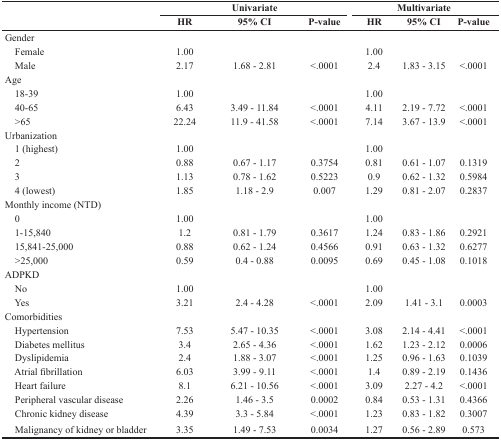
<table><thead><tr><td rowspan="2"></td><td colspan="3"><b>Univariate</b></td><td colspan="3"><b>Multivariate</b></td></tr><tr><td><b>HR</b></td><td><b>95% CI</b></td><td><b>P-value</b></td><td><b>HR</b></td><td><b>95% CI</b></td><td><b>P-value</b></td></tr></thead><tbody><tr><td>Gender</td><td></td><td></td><td></td><td></td><td></td><td></td></tr><tr><td> Female</td><td>1.00</td><td></td><td></td><td>1.00</td><td></td><td></td></tr><tr><td> Male</td><td>2.17</td><td>1.68 - 2.81</td><td>&lt;.0001</td><td>2.4</td><td>1.83 - 3.15</td><td>&lt;.0001</td></tr><tr><td>Age</td><td></td><td></td><td></td><td></td><td></td><td></td></tr><tr><td> 18-39</td><td>1.00</td><td></td><td></td><td>1.00</td><td></td><td></td></tr><tr><td> 40-65</td><td>6.43</td><td>3.49 - 11.84</td><td>&lt;.0001</td><td>4.11</td><td>2.19 - 7.72</td><td>&lt;.0001</td></tr><tr><td> &gt;65</td><td>22.24</td><td>11.9 - 41.58</td><td>&lt;.0001</td><td>7.14</td><td>3.67 - 13.9</td><td>&lt;.0001</td></tr><tr><td>Urbanization</td><td></td><td></td><td></td><td></td><td></td><td></td></tr><tr><td> 1 (highest)</td><td>1.00</td><td></td><td></td><td>1.00</td><td></td><td></td></tr><tr><td> 2</td><td>0.88</td><td>0.67 - 1.17</td><td>0.3754</td><td>0.81</td><td>0.61 - 1.07</td><td>0.1319</td></tr><tr><td> 3</td><td>1.13</td><td>0.78 - 1.62</td><td>0.5223</td><td>0.9</td><td>0.62 - 1.32</td><td>0.5984</td></tr><tr><td> 4 (lowest)</td><td>1.85</td><td>1.18 - 2.9</td><td>0.007</td><td>1.29</td><td>0.81 - 2.07</td><td>0.2837</td></tr><tr><td>Monthly income (NTD)</td><td></td><td></td><td></td><td></td><td></td><td></td></tr><tr><td> 0</td><td>1.00</td><td></td><td></td><td>1.00</td><td></td><td></td></tr><tr><td> 1-15,840</td><td>1.2</td><td>0.81 - 1.79</td><td>0.3617</td><td>1.24</td><td>0.83 - 1.86</td><td>0.2921</td></tr><tr><td> 15,841-25,000</td><td>0.88</td><td>0.62 - 1.24</td><td>0.4566</td><td>0.91</td><td>0.63 - 1.32</td><td>0.6277</td></tr><tr><td> &gt;25,000</td><td>0.59</td><td>0.4 - 0.88</td><td>0.0095</td><td>0.69</td><td>0.45 - 1.08</td><td>0.1018</td></tr><tr><td>ADPKD</td><td></td><td></td><td></td><td></td><td></td><td></td></tr><tr><td> No</td><td>1.00</td><td></td><td></td><td>1.00</td><td></td><td></td></tr><tr><td> Yes</td><td>3.21</td><td>2.4 - 4.28</td><td>&lt;.0001</td><td>2.09</td><td>1.41 - 3.1</td><td>0.0003</td></tr><tr><td>Comorbidities</td><td></td><td></td><td></td><td></td><td></td><td></td></tr><tr><td> Hypertension</td><td>7.53</td><td>5.47 - 10.35</td><td>&lt;.0001</td><td>3.08</td><td>2.14 - 4.41</td><td>&lt;.0001</td></tr><tr><td> Diabetes mellitus</td><td>3.4</td><td>2.65 - 4.36</td><td>&lt;.0001</td><td>1.62</td><td>1.23 - 2.12</td><td>0.0006</td></tr><tr><td> Dyslipidemia</td><td>2.4</td><td>1.88 - 3.07</td><td>&lt;.0001</td><td>1.25</td><td>0.96 - 1.63</td><td>0.1039</td></tr><tr><td> Atrial fibrillation</td><td>6.03</td><td>3.99 - 9.11</td><td>&lt;.0001</td><td>1.4</td><td>0.89 - 2.19</td><td>0.1436</td></tr><tr><td> Heart failure</td><td>8.1</td><td>6.21 - 10.56</td><td>&lt;.0001</td><td>3.09</td><td>2.27 - 4.2</td><td>&lt;.0001</td></tr><tr><td> Peripheral vascular disease</td><td>2.26</td><td>1.46 - 3.5</td><td>0.0002</td><td>0.84</td><td>0.53 - 1.31</td><td>0.4366</td></tr><tr><td> Chronic kidney disease</td><td>4.39</td><td>3.3 - 5.84</td><td>&lt;.0001</td><td>1.23</td><td>0.83 - 1.82</td><td>0.3007</td></tr><tr><td> Malignancy of kidney or bladder</td><td>3.35</td><td>1.49 - 7.53</td><td>0.0034</td><td>1.27</td><td>0.56 - 2.89</td><td>0.573</td></tr></tbody></table>